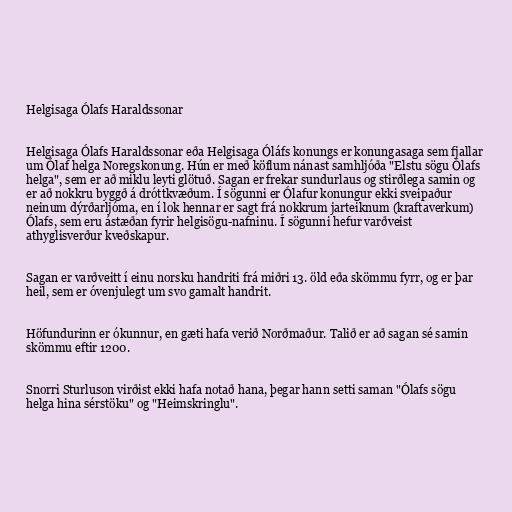
Helgisaga Ólafs Haraldssonar

Helgisaga Ólafs Haraldssonar eða Helgisaga Óláfs konungs er konungasaga sem fjallar
um Ólaf helga Noregskonung. Hún er með köflum nánast samhljóða "Elstu sögu Ólafs
helga", sem er að miklu leyti glötuð. Sagan er frekar sundurlaus og stirðlega samin og
er að nokkru byggð á dróttkvæðum. Í sögunni er Ólafur konungur ekki sveipaður
neinum dýrðarljóma, en í lok hennar er sagt frá nokkrum jarteiknum (kraftaverkum)
Ólafs, sem eru ástæðan fyrir helgisögu-nafninu. Í sögunni hefur varðveist
athyglisverður kveðskapur.

Sagan er varðveitt í einu norsku handriti frá miðri 13. öld eða skömmu fyrr, og er þar
heil, sem er óvenjulegt um svo gamalt handrit.

Höfundurinn er ókunnur, en gæti hafa verið Norðmaður. Talið er að sagan sé samin
skömmu eftir 1200.

Snorri Sturluson virðist ekki hafa notað hana, þegar hann setti saman "Ólafs sögu
helga hina sérstöku" og "Heimskringlu".